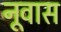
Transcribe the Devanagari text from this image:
नूवास